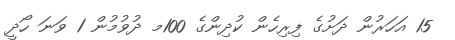
15 އަހަރުން ދަށުގެ ފިރިހެން ކުދިންގެ 100މ ދުވުމުން 1 ވަނަ ހޯދީ